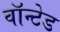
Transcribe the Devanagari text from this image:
वाॅन्टेड